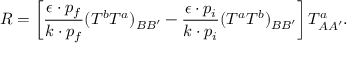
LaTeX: { \cal R } = \left[ \frac { \epsilon \cdot p _ { f } } { k \cdot p _ { f } } ( T ^ { b } T ^ { a } ) _ { B B ^ { \prime } } - \frac { \epsilon \cdot p _ { i } } { k \cdot p _ { i } } ( T ^ { a } T ^ { b } ) _ { B B ^ { \prime } } \right] T _ { A A ^ { \prime } } ^ { a } .